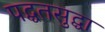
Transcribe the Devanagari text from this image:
पद्घतसुद्घा